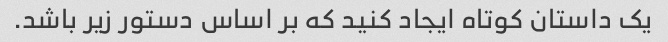
یک داستان کوتاه ایجاد کنید که بر اساس دستور زیر باشد.